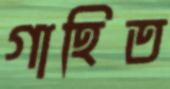
গাহিত